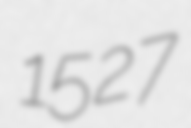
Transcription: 1527